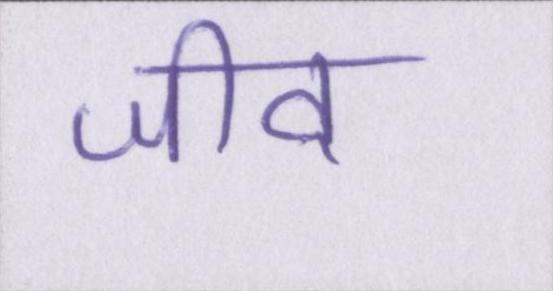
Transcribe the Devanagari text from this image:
जीव